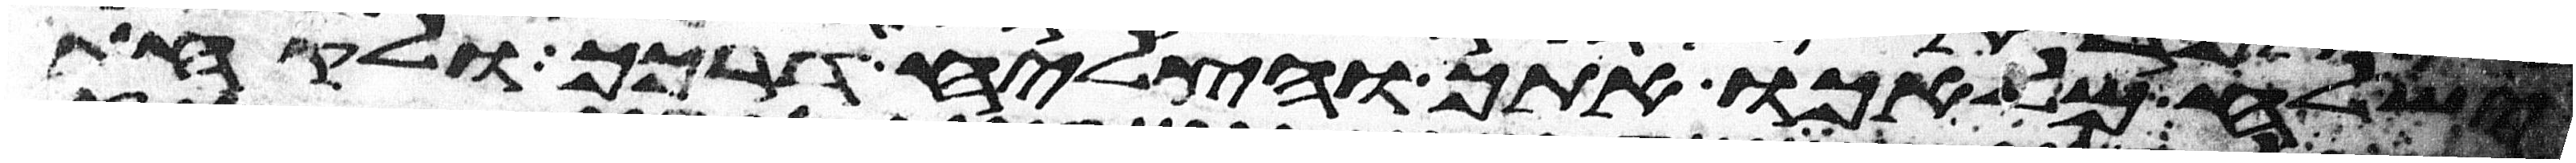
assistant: ישלח מלאכו אתך והצליח דרכך ולקחת